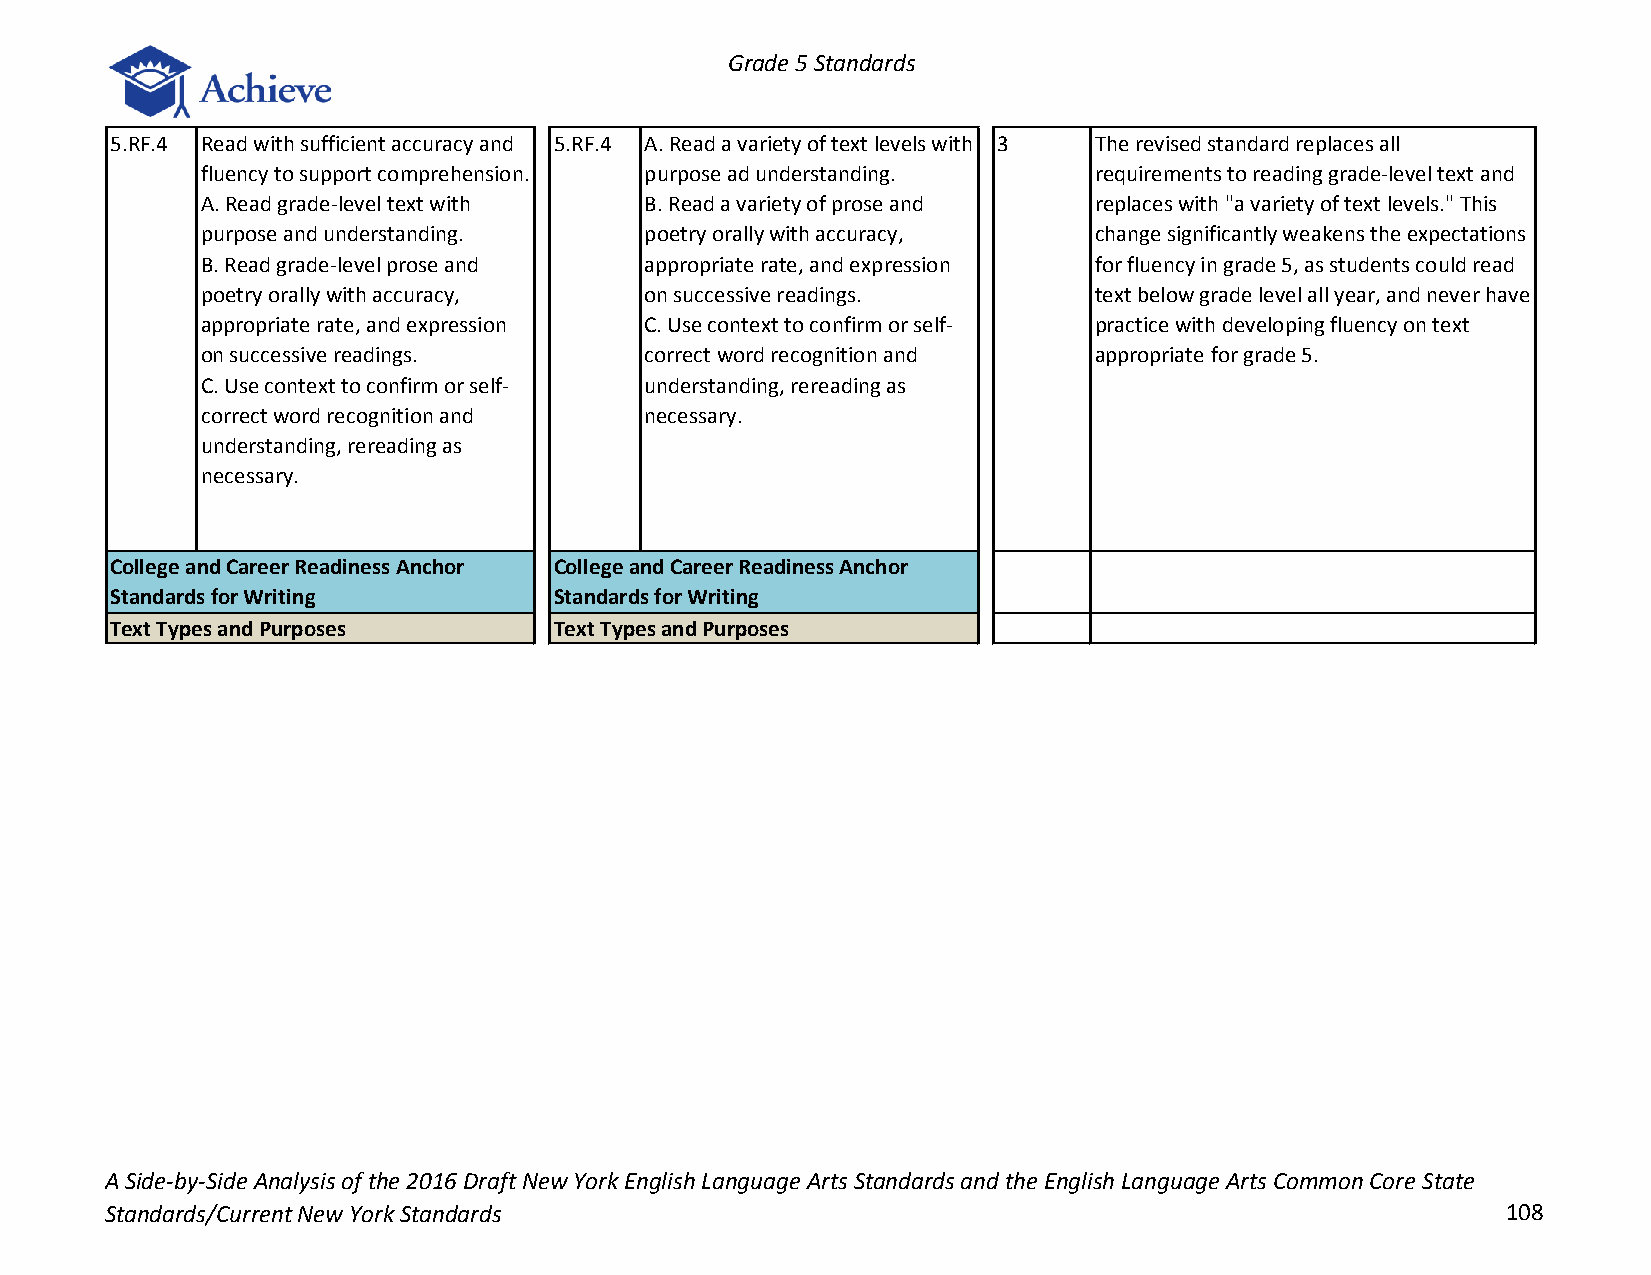
Grade 5 Standards
 5.RF.4 Read with sufficient accuracy and 5.RF.4 A. Read a variety of text levels with 3 The revised standard replaces all
 fluency to support comprehension. purpose ad understanding. requirements to reading grade-level text and
 A. Read grade-level text with B. Read a variety of prose and replaces with "a variety of text levels." This
 purpose and understanding.    poetry orally with accuracy, change significantly weakens the expectations
 B. Read grade-level prose and appropriate rate, and expression for fluency in grade 5, as students could read
 poetry orally with accuracy,  on successive readings.      text below grade level all year, and never have
 appropriate rate, and expression C. Use context to confirm or self- practice with developing fluency on text
 on successive readings.       correct word recognition and appropriate for grade 5.
 C. Use context to confirm or self- understanding, rereading as
 correct word recognition and  necessary.
 understanding, rereading as
 necessary.
 College and Career Readiness Anchor College and Career Readiness Anchor
 Standards for Writing         Standards for Writing
 Text Types and Purposes       Text Types and Purposes
 A Side-by-Side Analysis of the 2016 Draft New York English Language Arts Standards and the English Language Arts Common Core State
 Standards/Current New York Standards                                                         108